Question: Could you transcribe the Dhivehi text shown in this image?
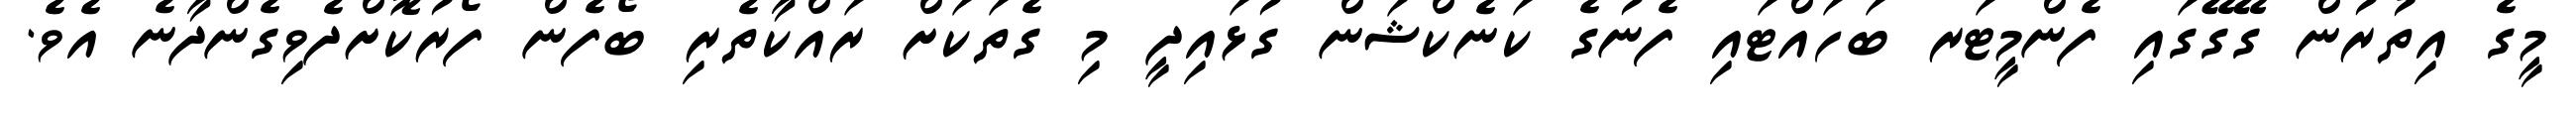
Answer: މީގެ އިތުރުން ގޭގޭގައި ފެންމީޓަރ ބަހައްޓައި ފެނުގެ ކަނެކްޝަން ގުޅައިދީ މި ގެތަކަށް ރައްކާތެރި ބޯފެން ފޯރުކޮށްދެވިގެންދާނެ އެވެ.